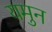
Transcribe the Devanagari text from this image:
यमुन